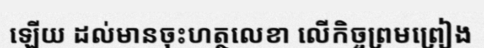
ឡើយ ដល់មានចុះហត្ថលេខា លើកិច្ចព្រមព្រៀង